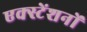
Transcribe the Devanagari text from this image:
एक्स्टेंशनों